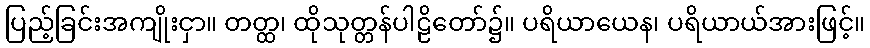
ပြည့်ခြင်းအကျိုးငှာ။ တတ္ထ၊ ထိုသုတ္တန်ပါဠိတော်၌။ ပရိယာယေန၊ ပရိယာယ်အားဖြင့်။